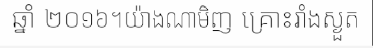
ឆ្នាំ ២០១៦។យ៉ាងណាមិញ គ្រោះរាំងស្ងួត